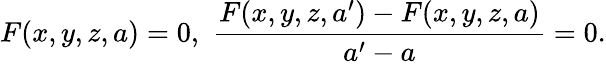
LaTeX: F(x,y,z,a)=0,\, \, {\frac{F(x,y,z,a^{\prime})-F(x,y,z,a)}{a^{\prime}-a}}=0.